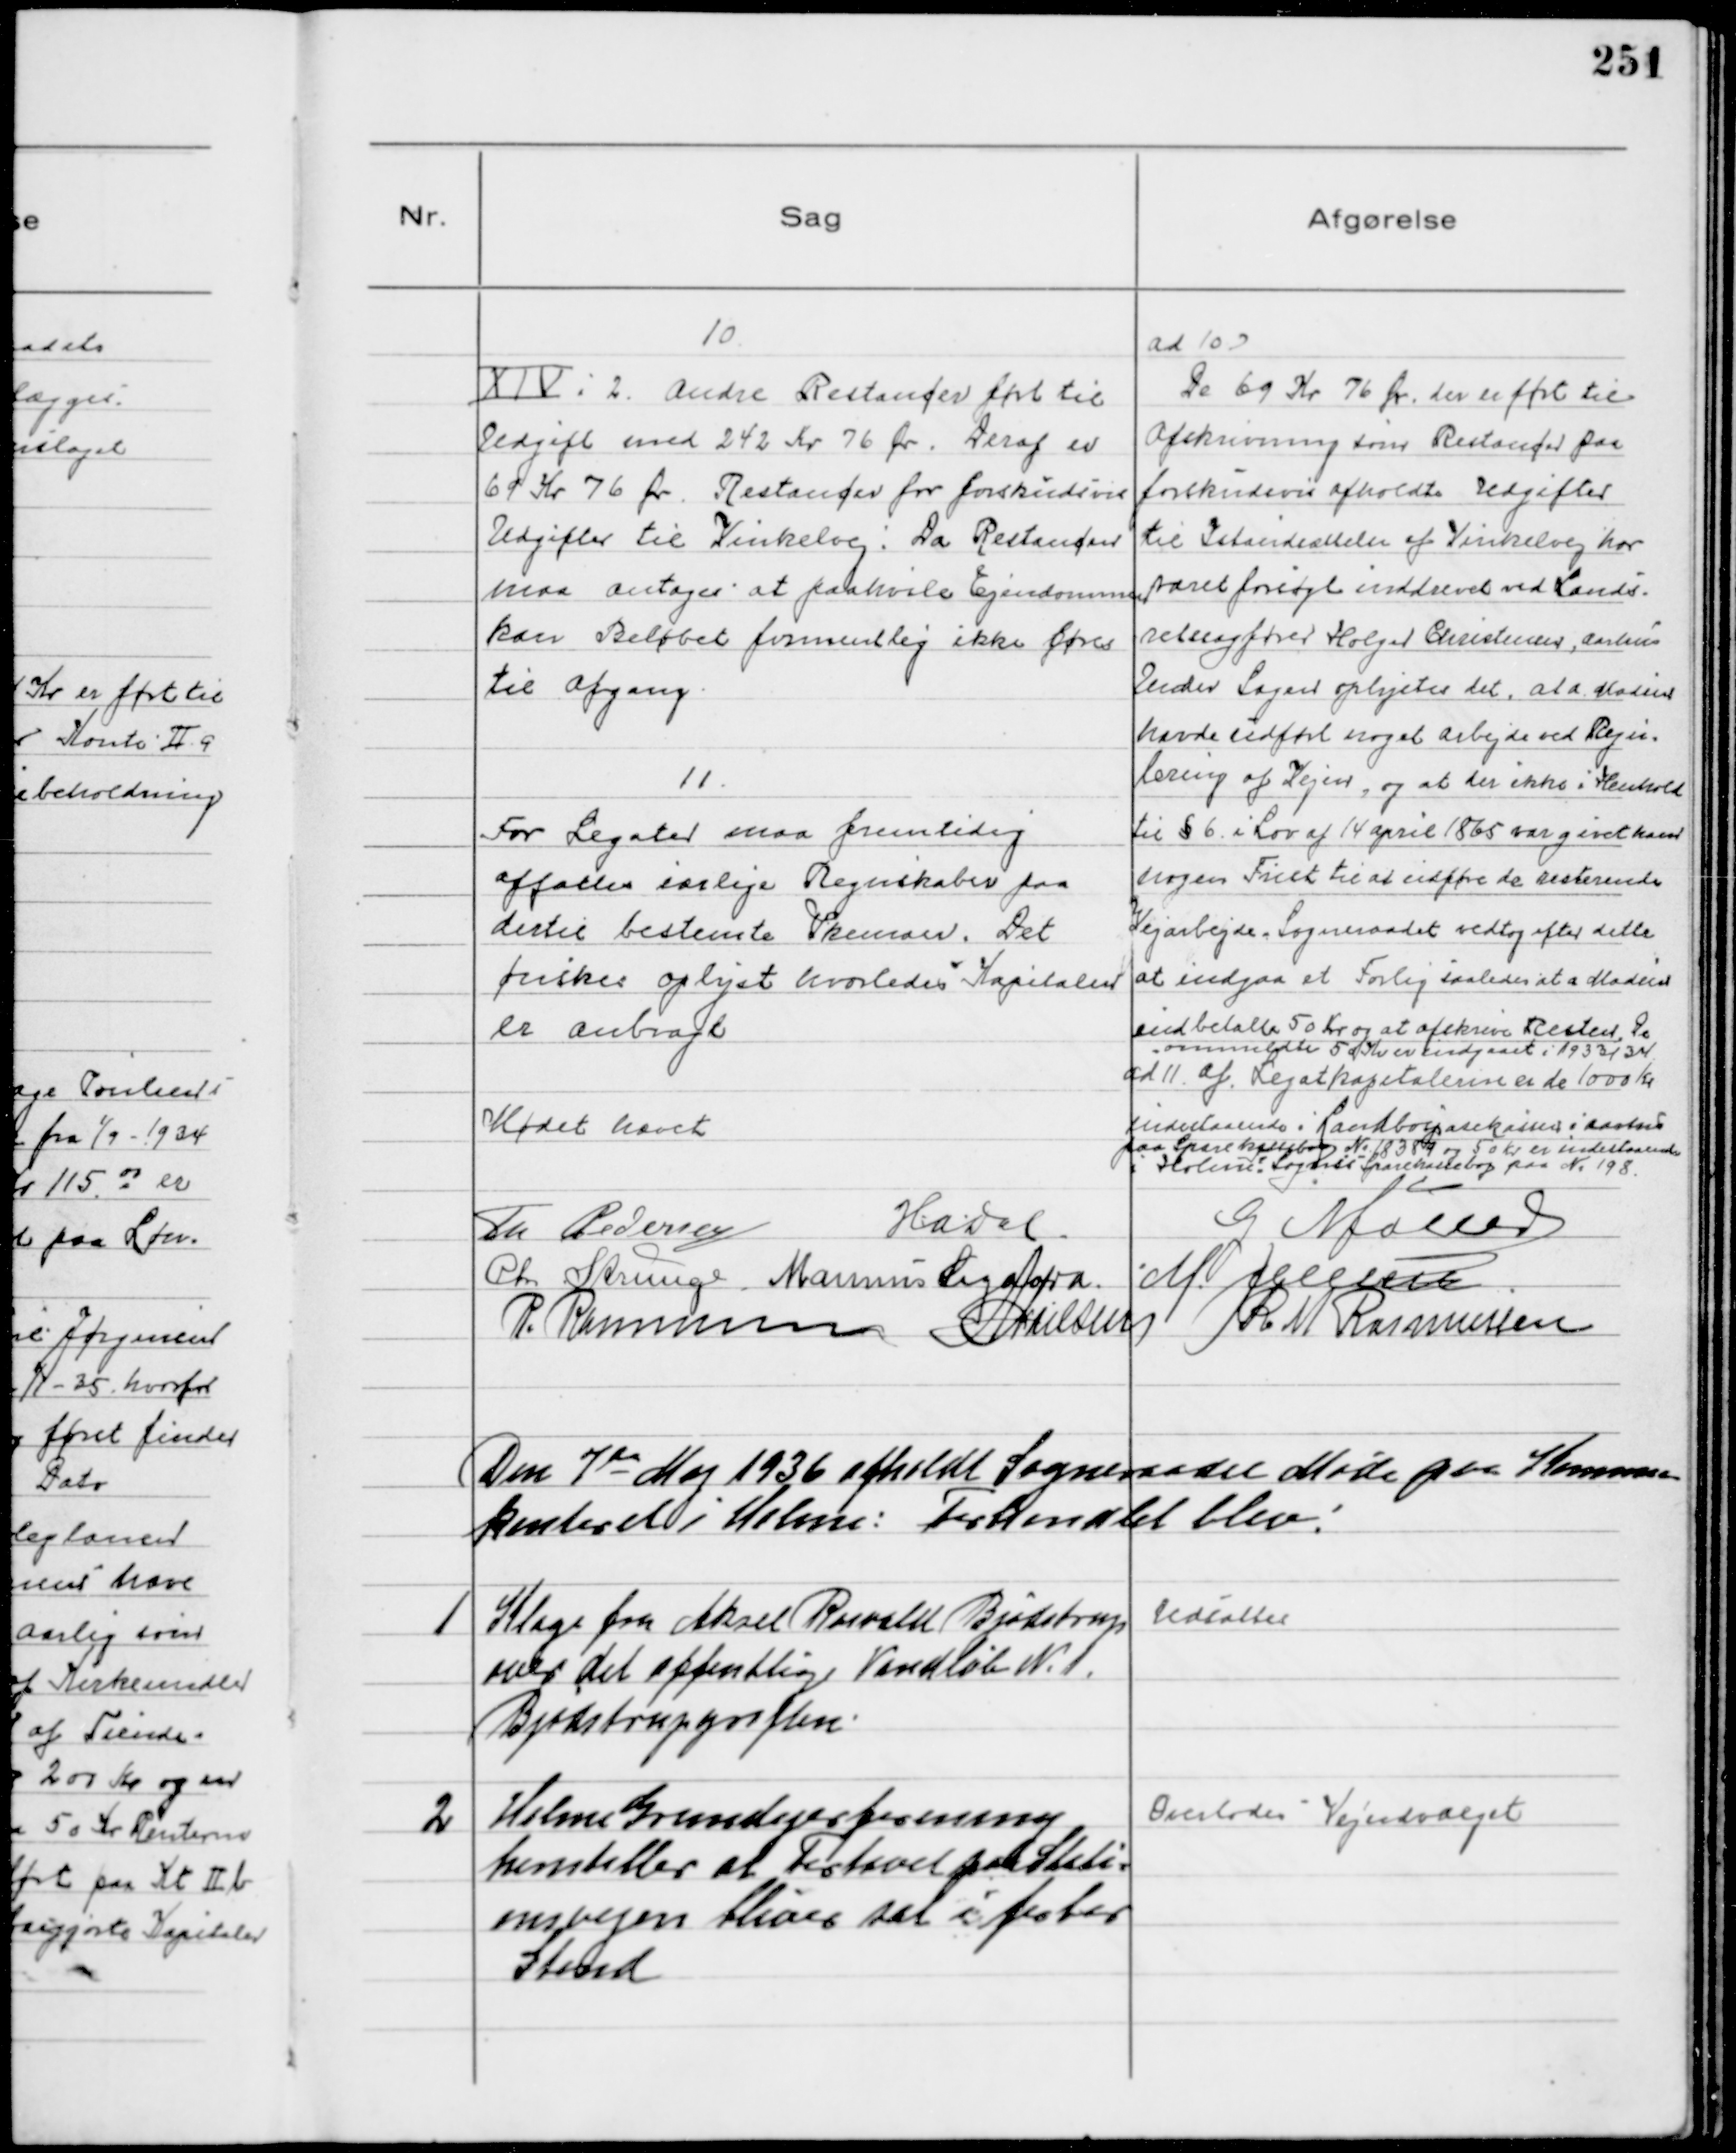
Transskription:
10
ⅩⅣ: 2. Andre Restancer ført til
Udgift med 242 Kr 76 Ør. Deraf er
69 Kr 76 Ør. Restancer for forskudsvise
Udgifter til Vinkelvej. Da Restancen
maa antages at paahvile Ejendommen
kan Beløbet formentlig ikke føres
til Afgang

Ad 10
De 69 Kr 76 Ør. der er ført til
Afskrivning som Restancer paa
forskudsvis afholdte Udgifter
til Istandsættelse af Vinkelvej har
været forsøgt inddrevet ved Lands-
retssagfører Holger Christensen, Aarhus
Under Sagen oplystes det, at A. Madsen
havde udført noget Arbejde ved Regu-
lering af Vejen, og at der ikke i Henhold
til § 6 i Lov af 14 April 1865 var givet ham
nogen Frist til at udføre de resterende
Vejarbejde. Sogneraadet vedtog efter dette
at indgaa et Forlig saaledes at A. Madsen
indbetalte 50 Kr og at afskrive Resten. De
anmeldte 50 Kr er indgaaet i 1933/34

11
For Legater maa fremtidig
affattes særlige Regnskaber paa
dertil bestemte Skemaer. Det
ønskes oplyst hvorledes Kapitalen
er anbragt

Ad Ⅱ Af Legatkapitalerne er de 1000 Kr
indestaaende i Landbosparekassen i Aarhus
paa Sparekassebog N. 18389 og 50 Kr er indestaaende
i Holme Sogns Sparekassebog paa N. 198

Mødet hævet

Th Pedersen
HADal
G Møller
Chr Strunge Marinus Sigaard M. Jensen
P. Rasmussen NNielsen R. M. Rasmussen

Den 7de Maj 1936 afholdt Sogneraadet Møde paa Kommune
kontoret i Holme: Forhandlet blev:

1
Klage fra Aksel Rosvaldt Bjødstrup
over det offentlige Vandløb N. 1
Bjødstrupgrøften.

Udsattes

2
Holme Grundejerforening
henstiller at Fortovet paa Stati-
onsvejen bliver sat i 
Stand

Overlodes Vejudvalget